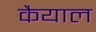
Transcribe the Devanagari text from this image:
कैयाल